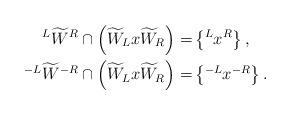
LaTeX: \begin{align*}\prescript L{}{}\widetilde W{}^R \cap \left(\widetilde W_L x \widetilde W_R\right) =& \left\{\prescript L{}{}x{}^R\right\},\\\prescript {-L}{}{}\widetilde W{}^{-R} \cap \left(\widetilde W_L x \widetilde W_R\right) =& \left\{\prescript {-L}{}{}x{}^{-R}\right\}.\end{align*}